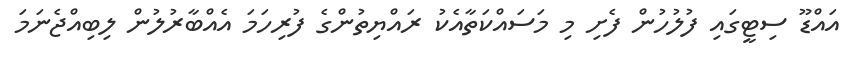
އައްޑޫ ސިޓީގައި ފުލުހުން ފެށި މި މަސައްކަތާއެކު ރައްޔިތުންގެ ފުރިހަމަ އެއްބާރުލުން ލިބިއްޖެނަމަ